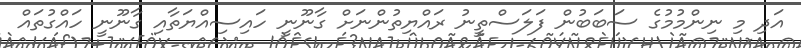
އަދި މި ނިންމުމުގެ ސަބަބުން ފަލަސްތީނު ރައްޔިތުންނަށް ގާނޫނީ ހައިސިއްޔަތާއި ގާނޫނީ ހައްގުތައް